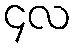
၄လ